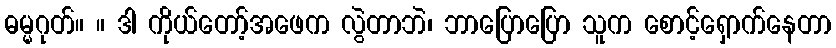
ဓမ္မဂုတ်။ ။ ဒါ ကိုယ်တော့်အဖေက လွဲတာဘဲ၊ ဘာပြောပြော သူက စောင့်ရှောက်နေတာ